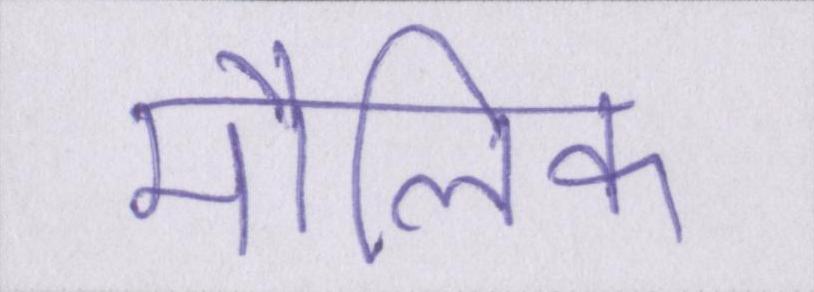
मौलिक